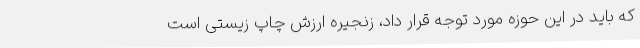
که باید در این حوزه مورد توجه قرار داد، زنجیره ارزش چاپ زیستی است